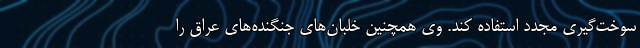
سوخت‌گیری مجدد استفاده کند. وی همچنین خلبان‌های جنگنده‌های عراق را